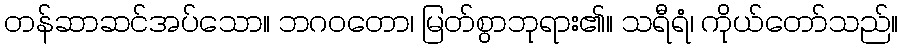
တန်ဆာဆင်အပ်သော။ ဘဂဝတော၊ မြတ်စွာဘုရား၏။ သရီရံ၊ ကိုယ်တော်သည်။